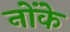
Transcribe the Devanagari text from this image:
नोंके